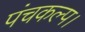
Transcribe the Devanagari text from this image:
पंचकल्प।